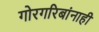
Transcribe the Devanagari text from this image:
गोरगरिबांनाही